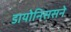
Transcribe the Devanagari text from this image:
डायोनिससने